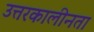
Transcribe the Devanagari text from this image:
उत्तरकालीनता